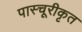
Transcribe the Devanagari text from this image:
पास्चूरीकृत